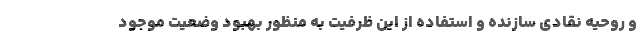
و روحیه نقادی سازنده و استفاده از این ظرفیت به منظور بهبود وضعیت موجود